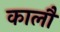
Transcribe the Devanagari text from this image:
कालौं